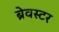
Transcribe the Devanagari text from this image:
ब्रेवस्टर